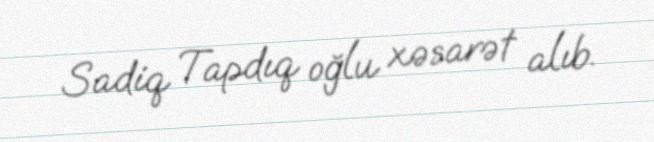
Sadiq Tapdıq oğlu xəsarət alıb.